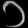
Digit: ၁